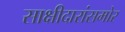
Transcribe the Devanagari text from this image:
साक्षीदारांसमोर